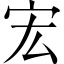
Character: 宏